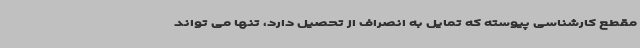
مقطع کارشناسی پیوسته که تمایل به انصراف از تحصیل دارد، تنها می تواند